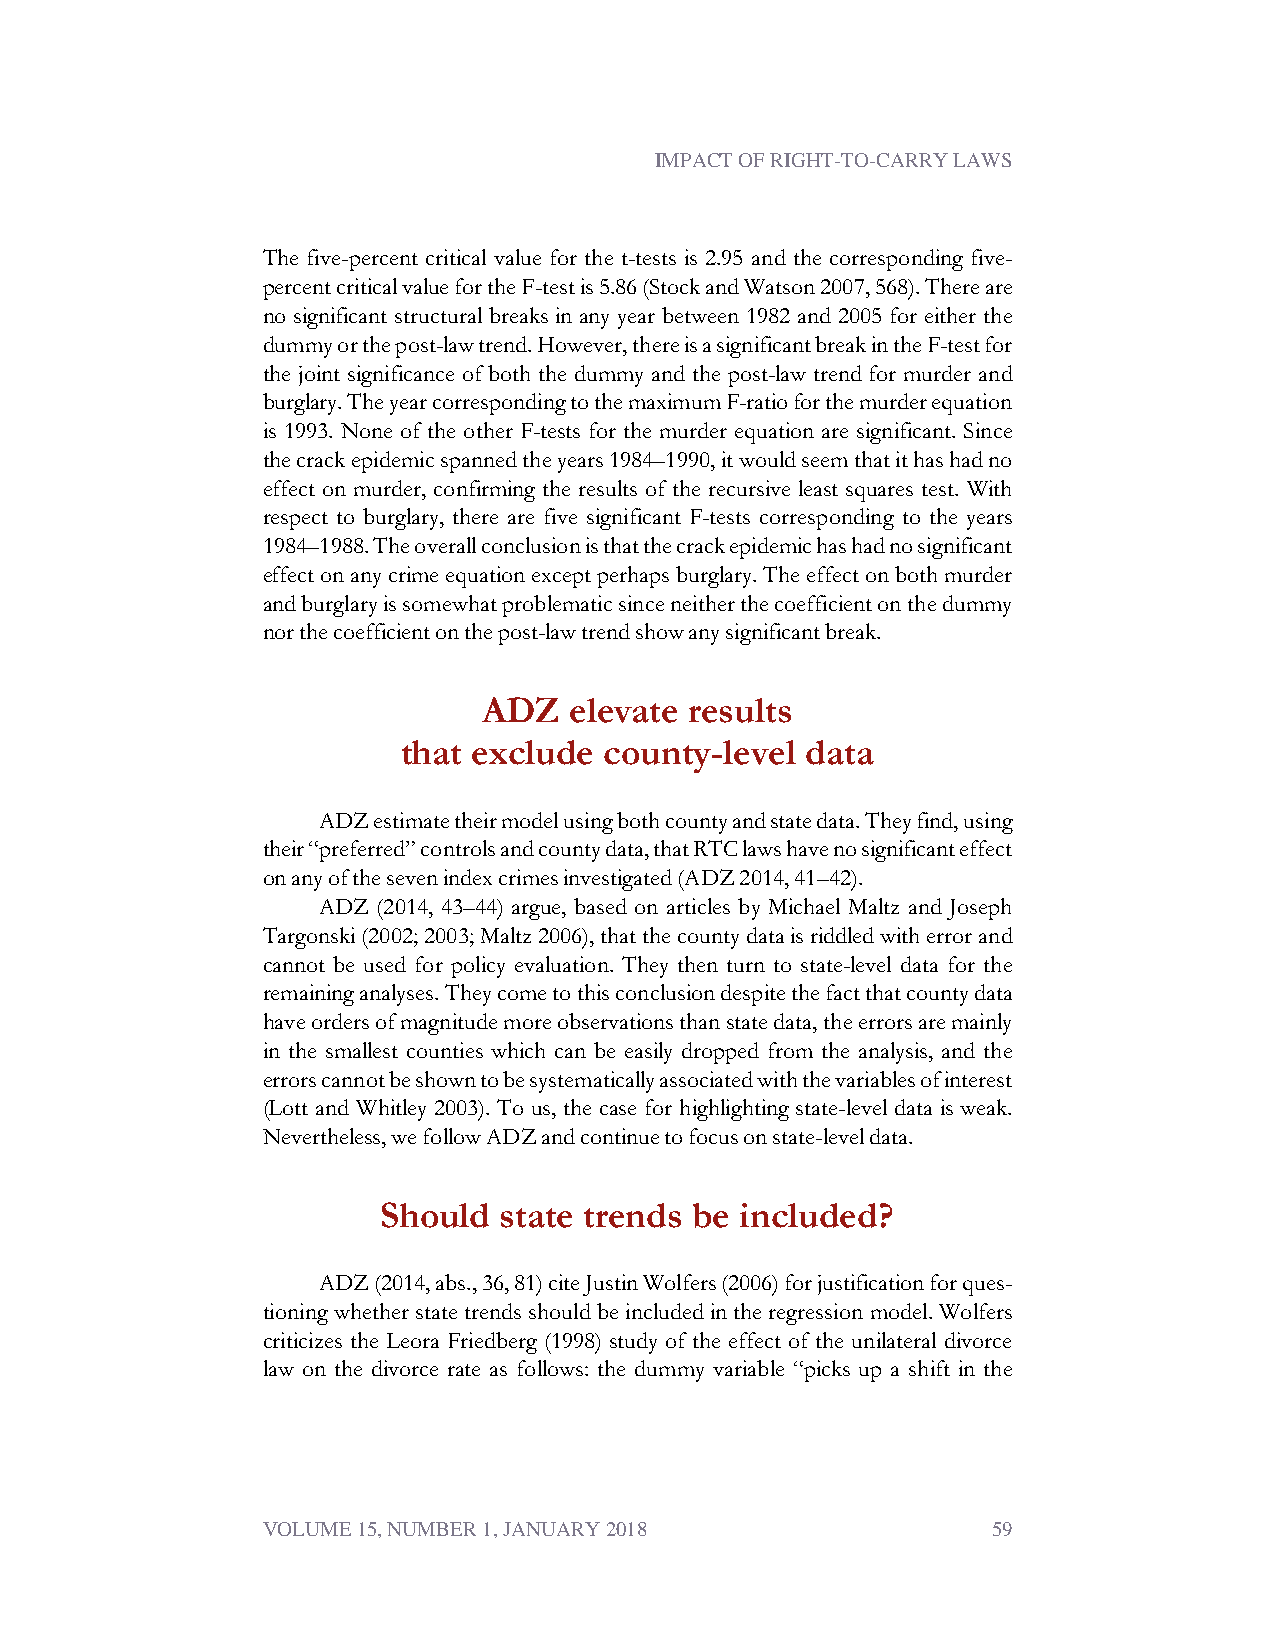
IMPACT OF RIGHT-TO-CARRY LAWS
 The five-percent critical value for the t-tests is 2.95 and the corresponding five-
 percentcriticalvaluefortheF-testis5.86(StockandWatson2007,568).Thereare
 no significant structural breaks in any year between 1982 and 2005 for either the
 dummyorthepost-lawtrend.However,thereisasignificantbreakintheF-testfor
 the joint significance of both the dummy and the post-law trend for murder and
 burglary.TheyearcorrespondingtothemaximumF-ratioforthemurderequation
 is 1993. None of the other F-tests for the murder equation are significant. Since
 thecrackepidemicspannedtheyears1984–1990,itwouldseemthatithashadno
 effect on murder, confirming the results of the recursive least squares test. With
 respect to burglary, there are five significant F-tests corresponding to the years
 1984–1988.Theoverallconclusionisthatthecrackepidemichashadnosignificant
 effectonanycrimeequationexceptperhapsburglary.Theeffectonbothmurder
 andburglaryissomewhatproblematicsinceneitherthecoefficientonthedummy
 northecoefficientonthepost-lawtrendshowanysignificantbreak.
 ADZ   elevate results
 that exclude county-level data
 ADZestimatetheirmodelusingbothcountyandstatedata.Theyfind,using
 their“preferred”controlsandcountydata,thatRTClawshavenosignificanteffect
 onanyofthesevenindexcrimesinvestigated(ADZ2014,41–42).
 ADZ (2014, 43–44) argue, based on articles by Michael Maltz and Joseph
 Targonski(2002;2003;Maltz2006),thatthecountydataisriddledwitherrorand
 cannot be used for policy evaluation. They then turn to state-level data for the
 remaininganalyses.Theycometothisconclusiondespitethefactthatcountydata
 haveordersofmagnitudemoreobservationsthanstatedata,theerrorsaremainly
 in the smallest counties which can be easily dropped from the analysis, and the
 errorscannotbeshowntobesystematicallyassociatedwiththevariablesofinterest
 (Lott and Whitley 2003). To us, the case for highlighting state-level data is weak.
 Nevertheless,wefollowADZandcontinuetofocusonstate-leveldata.
 Should  state trends be included?
 ADZ(2014,abs.,36,81)citeJustinWolfers(2006)forjustificationforques-
 tioningwhetherstatetrendsshouldbeincludedintheregression model.Wolfers
 criticizes the Leora Friedberg (1998) study of the effect of the unilateral divorce
 law on the divorce rate as follows: the dummy variable “picks up a shift in the
 VOLUME 15, NUMBER 1, JANUARY 2018                59